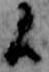
候